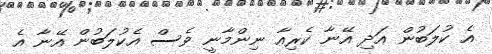
އެ ކުލަބުން އަދި އޭނާ ކެރިއާ ނިންމާނީ ވެސް އެކުލަބުން އޭނާ އެ